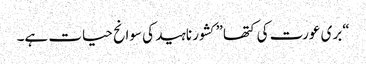
“بری عورت کی کتھا” کشور ناہید کی سوانح حیات ہے۔